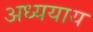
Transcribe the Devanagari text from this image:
अध्ययाय